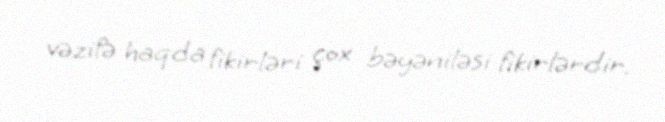
vəzifə haqda fikirləri çox bəyəniləsi fikirlərdir.